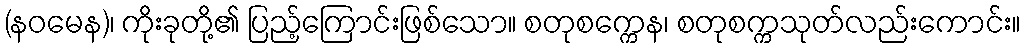
(နဝမေန)၊ ကိုးခုတို့၏ ပြည့်ကြောင်းဖြစ်သော။ စတုစက္ကေန၊ စတုစက္ကသုတ်လည်းကောင်း။